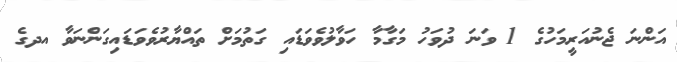
އަންނަ ޖެނުއަރީމަހުގެ 1 ވަނަ ދުވަހު މަގާމާ ހަވާލުވެވަޑައި ގަތުމަށް ތައްޔާރުވެވަޑައިގަންނަވާ އދގެ